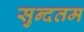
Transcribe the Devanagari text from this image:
सुन्दतम